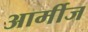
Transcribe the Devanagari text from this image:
आर्मीज